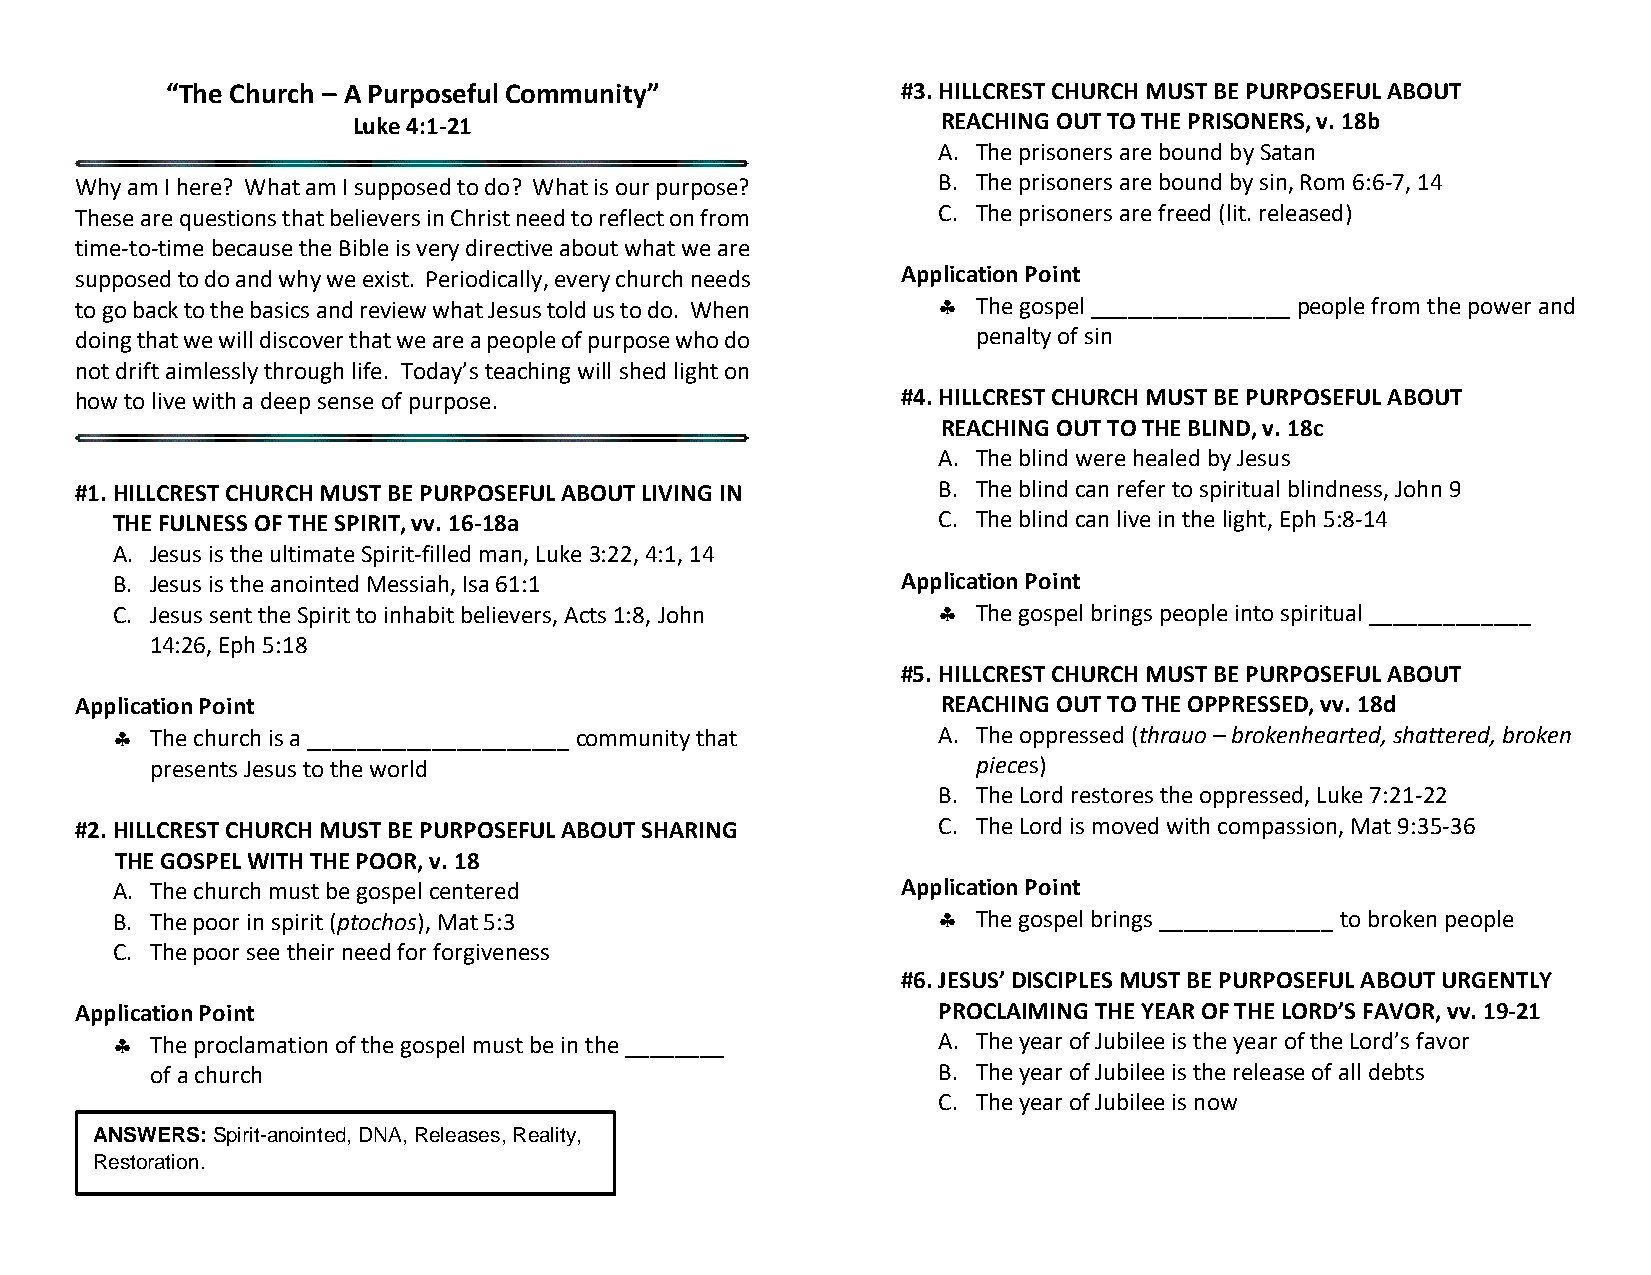
“The Church – A Purposeful Community”            #3. HILLCREST CHURCH MUST BE PURPOSEFUL ABOUT
 Luke 4:1-21                            REACHING OUT TO THE PRISONERS, v. 18b
 A. The prisoners are bound by Satan
 Why am I here? What am I supposed to do? What is our purpose? B. The prisoners are bound by sin, Rom 6:6-7, 14
 These are questions that believers in Christ need to reflect on from C. The prisoners are freed (lit. released)
 time-to-time because the Bible is very directive about what we are
 supposed to do and why we exist. Periodically, every church needs Application Point
 to go back to the basics and review what Jesus told us to do. When  The gospel ________________ people from the power and
 doing that we will discover that we are a people of purpose who do penalty of sin
 not drift aimlessly through life. Today’s teaching will shed light on
 how to live with a deep sense of purpose.              #4. HILLCREST CHURCH MUST BE PURPOSEFUL ABOUT
 REACHING OUT TO THE BLIND, v. 18c
 A. The blind were healed by Jesus
 #1. HILLCREST CHURCH MUST BE PURPOSEFUL ABOUT LIVING IN  B. The blind can refer to spiritual blindness, John 9
 THE FULNESS OF THE SPIRIT, vv. 16-18a                  C. The blind can live in the light, Eph 5:8-14
 A. Jesus is the ultimate Spirit-filled man, Luke 3:22, 4:1, 14
 B. Jesus is the anointed Messiah, Isa 61:1           Application Point
 C. Jesus sent the Spirit to inhabit believers, Acts 1:8, John  The gospel brings people into spiritual _____________
 14:26, Eph 5:18
 #5. HILLCREST CHURCH MUST BE PURPOSEFUL ABOUT
 Application Point                                        REACHING OUT TO THE OPPRESSED, vv. 18d
   The church is a _____________________ community that A. The oppressed (thrauo – brokenhearted, shattered, broken
 presents Jesus to the world                            pieces)
 B. The Lord restores the oppressed, Luke 7:21-22
 #2. HILLCREST CHURCH MUST BE PURPOSEFUL ABOUT SHARING    C. The Lord is moved with compassion, Mat 9:35-36
 THE GOSPEL WITH THE POOR, v. 18
 A. The church must be gospel centered                Application Point
 B. The poor in spirit (ptochos), Mat 5:3                 The gospel brings ______________ to broken people
 C. The poor see their need for forgiveness
 #6. JESUS’ DISCIPLES MUST BE PURPOSEFUL ABOUT URGENTLY
 Application Point                                        PROCLAIMING THE YEAR OF THE LORD’S FAVOR, vv. 19-21
   The proclamation of the gospel must be in the ________ A. The year of Jubilee is the year of the Lord’s favor
 of a church                                         B. The year of Jubilee is the release of all debts
 C. The year of Jubilee is now
 ANSWERS: Spirit-anointed, DNA, Releases, Reality,
 Restoration.